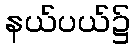
နယ်ပယ်၌